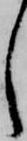
し